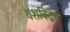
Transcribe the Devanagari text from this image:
वंशविद्वेष